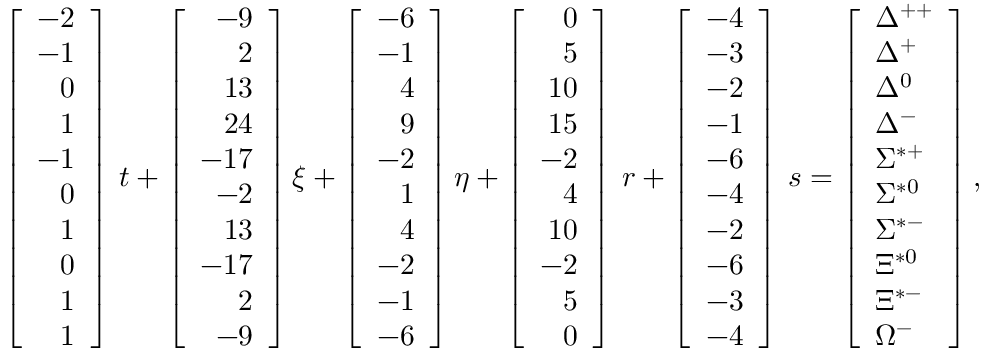
\left[ \begin{array} { r } { { - 2 } } \\ { { - 1 } } \\ { { 0 } } \\ { { 1 } } \\ { { - 1 } } \\ { { 0 } } \\ { { 1 } } \\ { { 0 } } \\ { { 1 } } \\ { { 1 } } \end{array} \right] \, t + \left[ \begin{array} { r } { { - 9 } } \\ { { 2 } } \\ { { 1 3 } } \\ { { 2 4 } } \\ { { - 1 7 } } \\ { { - 2 } } \\ { { 1 3 } } \\ { { - 1 7 } } \\ { { 2 } } \\ { { - 9 } } \end{array} \right] \xi + \left[ \begin{array} { r } { { - 6 } } \\ { { - 1 } } \\ { { 4 } } \\ { { 9 } } \\ { { - 2 } } \\ { { 1 } } \\ { { 4 } } \\ { { - 2 } } \\ { { - 1 } } \\ { { - 6 } } \end{array} \right] \eta + \left[ \begin{array} { r } { { 0 } } \\ { { 5 } } \\ { { 1 0 } } \\ { { 1 5 } } \\ { { - 2 } } \\ { { 4 } } \\ { { 1 0 } } \\ { { - 2 } } \\ { { 5 } } \\ { { 0 } } \end{array} \right] \, r + \left[ \begin{array} { r } { { - 4 } } \\ { { - 3 } } \\ { { - 2 } } \\ { { - 1 } } \\ { { - 6 } } \\ { { - 4 } } \\ { { - 2 } } \\ { { - 6 } } \\ { { - 3 } } \\ { { - 4 } } \end{array} \right] \, s = \left[ \begin{array} { l } { { \Delta ^ { + + } } } \\ { { \Delta ^ { + } } } \\ { { \Delta ^ { 0 } } } \\ { { \Delta ^ { - } } } \\ { { \Sigma ^ { * + } } } \\ { { \Sigma ^ { * 0 } } } \\ { { \Sigma ^ { * - } } } \\ { { \Xi ^ { * 0 } } } \\ { { \Xi ^ { * - } } } \\ { { \Omega ^ { - } } } \end{array} \right] ,